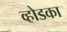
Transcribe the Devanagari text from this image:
व्होडका